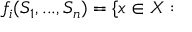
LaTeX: f _ { i } ( S _ { 1 } , . . . , S _ { n } ) = \{ x \in X :